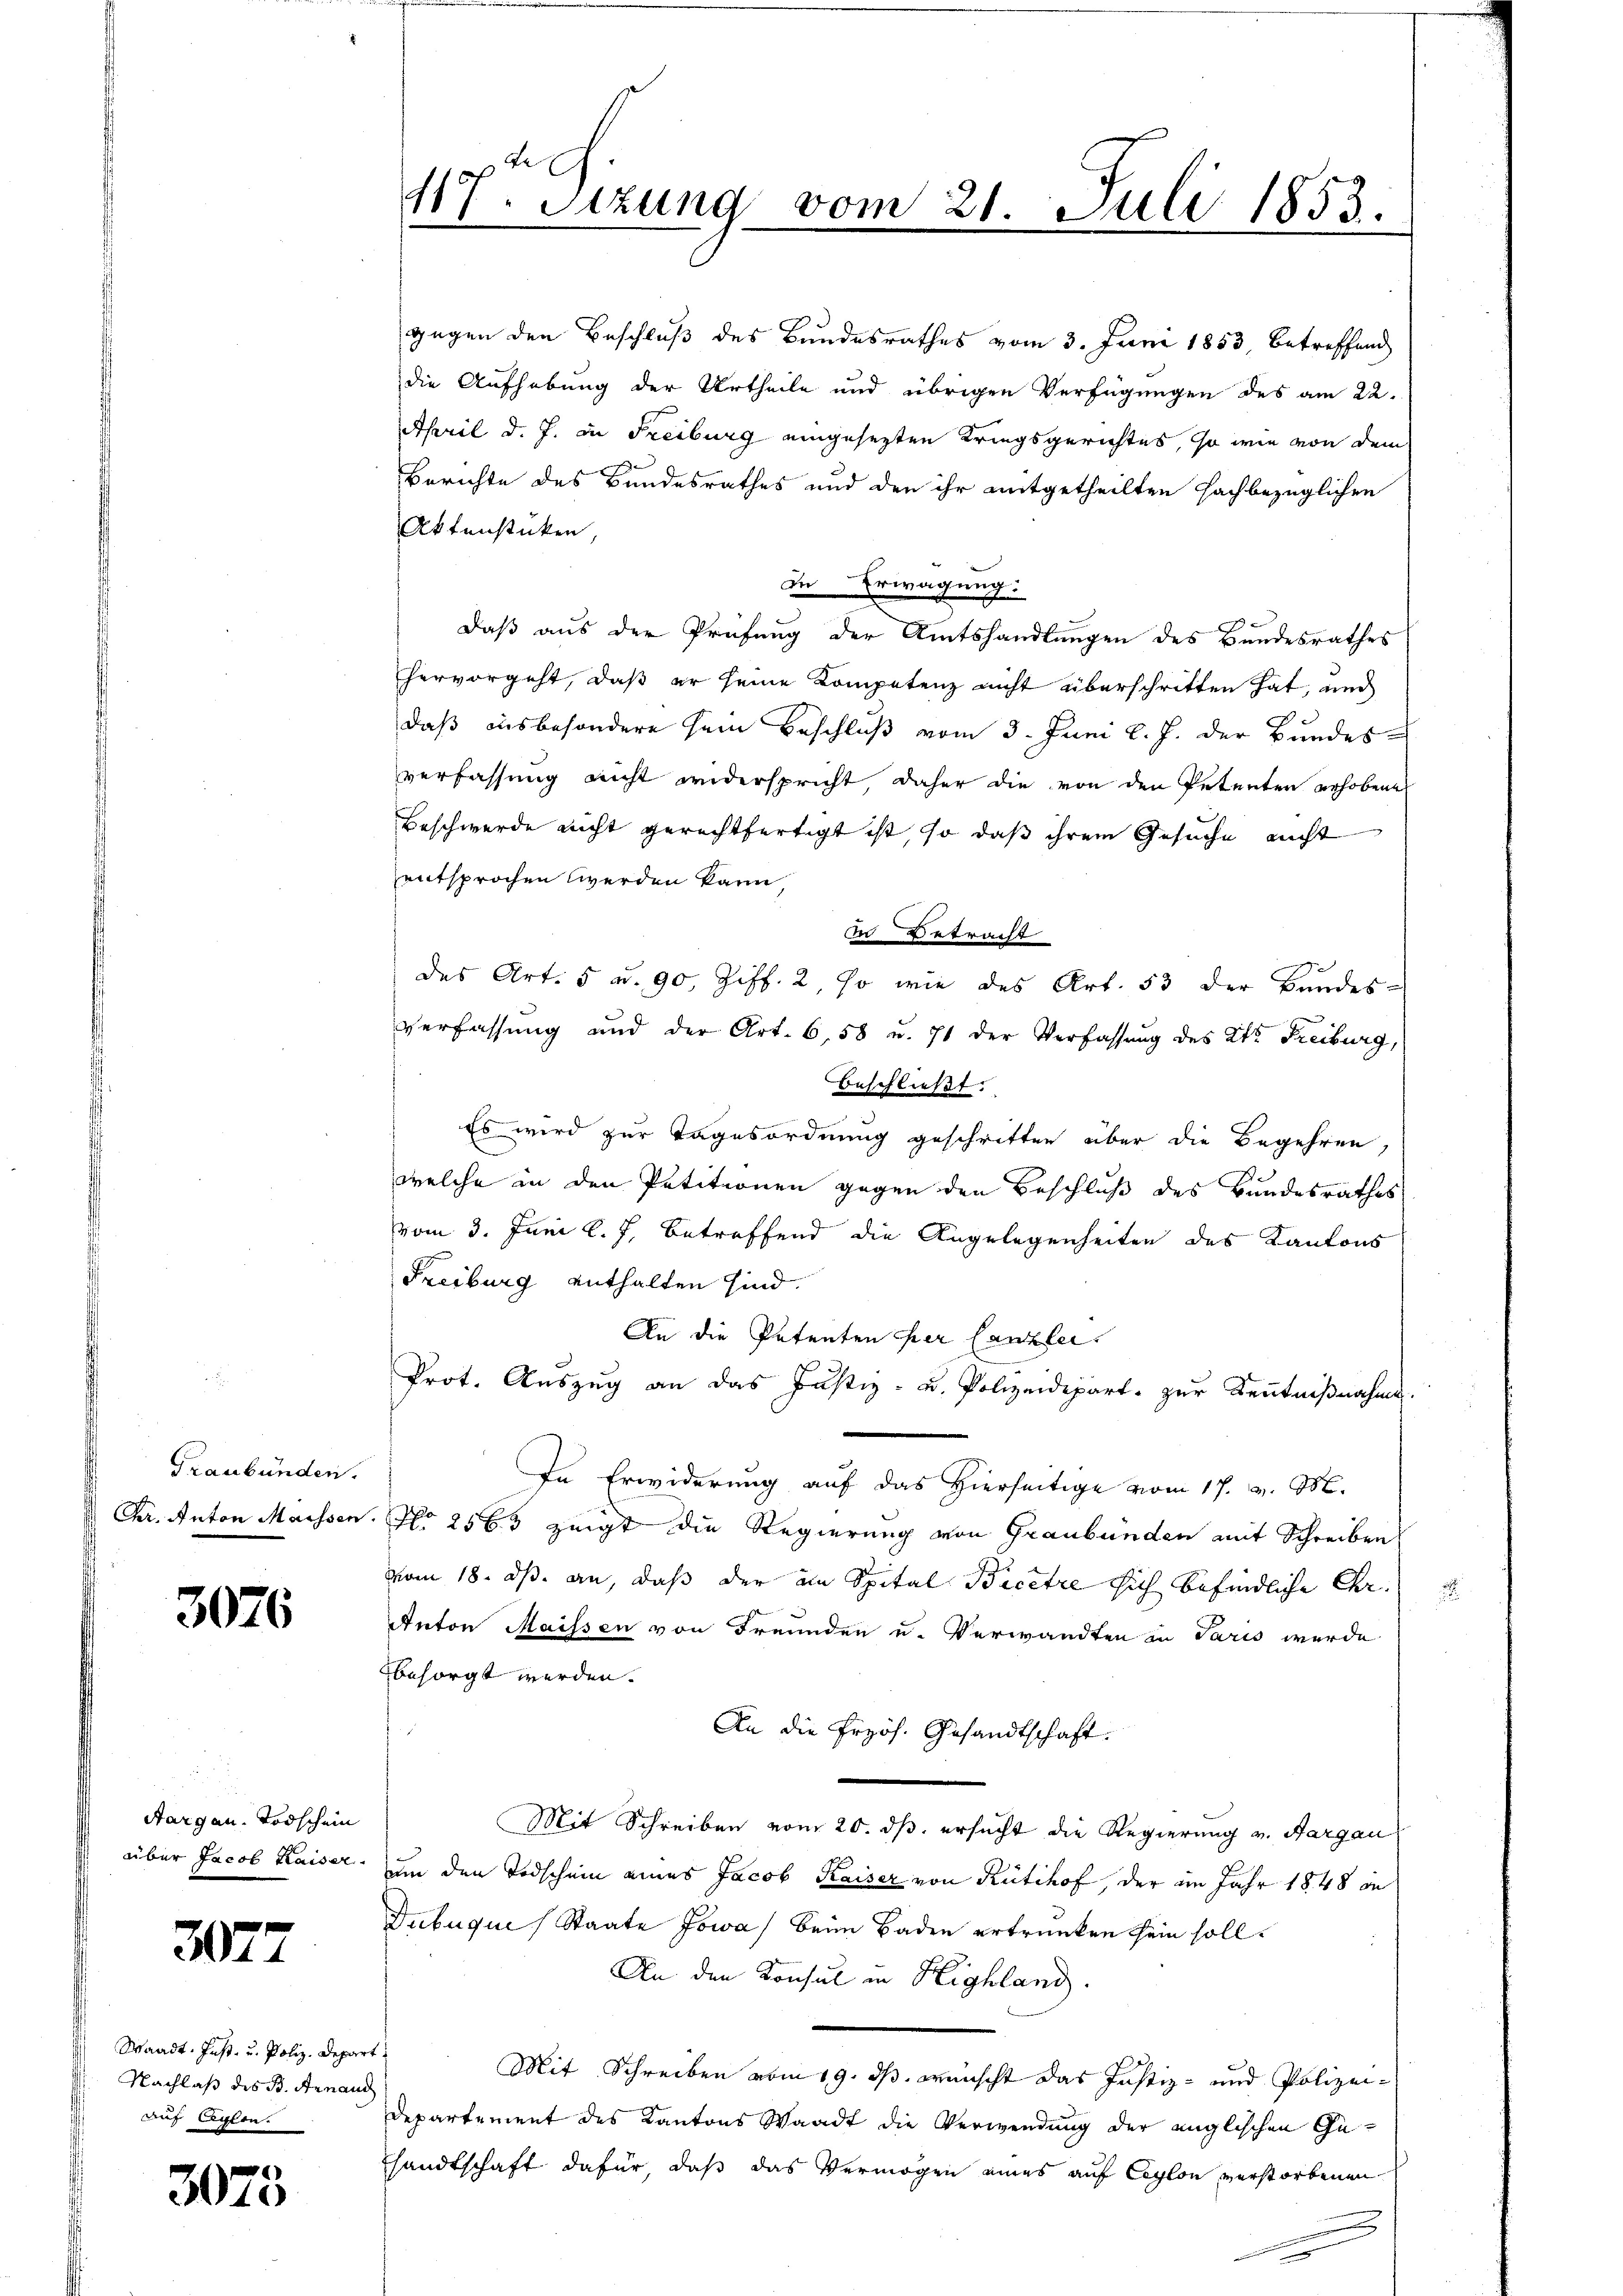
Graubünden.

3076

Aargau. Todschein
über Jacob Kaiser.

3072

Waadt. Inst- u. Poliz. Depart
Nachlaß des B. Arnaud
auf legten.

3073

117. Stzung vom 21. Juli 1853.

gegen den Beschluß des Bundesrathes vom 3. Juni 1853, betreffend
die Aufhebung der Urtheile und übrigen Verfügungen des am 22.
April d. J. in Freiburg eingesezten Kriegsgerichtes, so wie von dem
Berichte des Bundesrathes und den ihr mitgetheilten Fachbezüglichen
Aktenstücken,
In Erwägung:
daß aus der Prüfung der Amtshandlungen des Bandesrathes
hervorgeht, daß er seine Kompetenz nicht überschritten hat, und
daß ausbesondere sein Beschluß vom 3. Juni l. J. der Bundes-
verfassung nicht widerspricht, daher die von den Petenten erhobene
Beschwerde nicht gerechtfertigt ist, so daß ihrem Gesuche nicht
entsprochen werden kann,
in Betracht
des Art. 5 u. 90, Ziff. 2, so wie des Art. 53 der Bandes-
Verfassung und der Art. 658 u. 71 der Verfassung des Kts. Freiburg,
beschließt:
Es wird zur Tagesordnung geschritten über die Begehren,
welche in den Petitionen gegen den Beschluß des Bundesrathes
vom 3. Juni l. J. betreffend die Angelegenheiten des Kantons
Freiburg enthalten sind.
An die Patenten her Canzlei.
Prot. Auszug an das Justiz- u. Polizeidepart zur Kenntnißnahme.
In Erwiderung auf das Hierseitige vom 17. v. M.
Chr. Anton Maissen. No 2565 zeigt die Regierung von Graubünden mit Schreiben
vom 18. ds. an, daß der im Spital Bicetze sich befindliche Char¬
Anton Maissen von Freunden u. Verwandten in Paris wurde
besorgt werden.
An die frzös. Gesandtschaft.
Mit Schreiben vom 20. ds. ersucht die Regierung v. Aargau
um den Todschein eines Jacob Kaiser von Rütihof, der im Jahr 1848 in
Dubuque (Staate Jowa) beim Baden ertrunken sein soll.
An den Konsul in Highland.
Mit Schreiben vom 19. ds. wünscht das Justiz- und Polizei¬
Departement des Kantons Waadt die Verwendung der englischen Gesandtschaft dafür, daß das Vermögen eines auf Ceylon verstorbenen